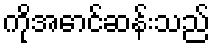
ကိုအောင်ဆန်းသည်